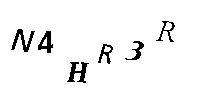
N4HR3R